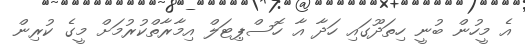
އެ މީހުން ބުނީ ހިތަދޫގައި ހަދާ އާ ހޮސްޕިޓަލް އިމާރާތްކުރުމަށް މީގެ ކުރިން